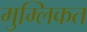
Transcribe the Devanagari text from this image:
मुम्लिकत